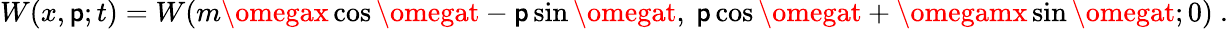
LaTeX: W(x,\mathsf{p};t)=W(m\omegax\cos\omegat-\mathsf{p}\sin\omegat,~\mathsf{p}\cos\omegat+\omegamx\sin\omegat;0)~.